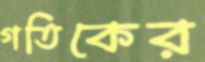
গতিকের